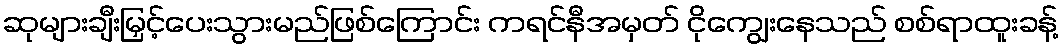
ဆုများချီးမြှင့်ပေးသွားမည်ဖြစ်ကြောင်း ကရင်နီအမှတ် ငိုကျွေးနေသည် စစ်ရာထူးခန့်